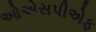
ઓએસપીએફ